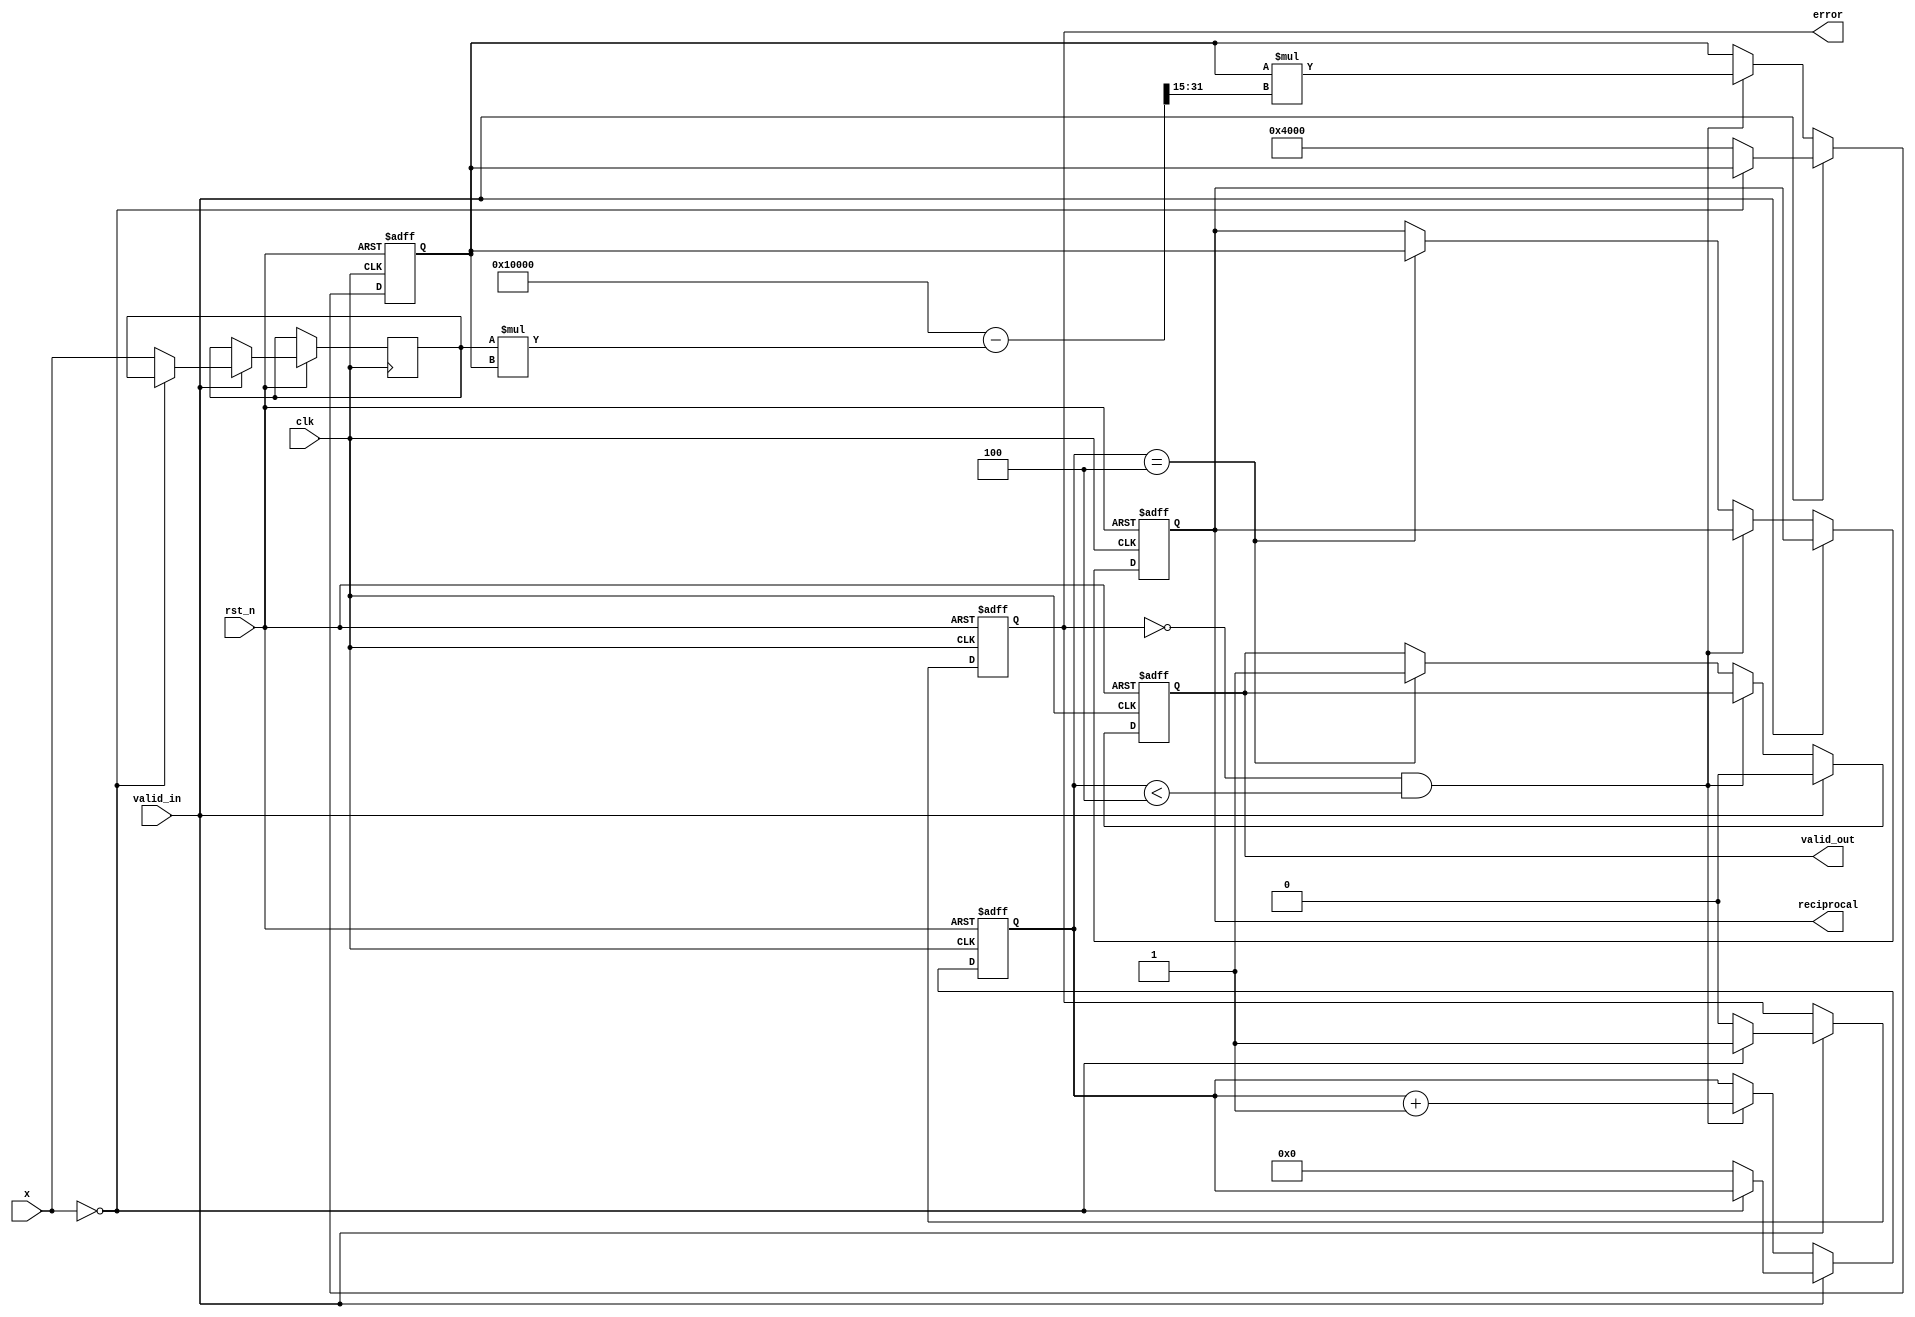
module binary_fractional_reciprocal #(
    parameter N = 16 // Width of the input and output
)(
    input wire clk,          // Clock signal
    input wire rst_n,        // Active low reset
    input wire [N-1:0] x,    // Input binary fractional number (0 to 1)
    input wire valid_in,      // Input valid signal
    output reg [N-1:0] reciprocal, // Output reciprocal
    output reg valid_out,     // Output valid signal
    output reg error          // Error signal for invalid input
);

    // Internal signals
    reg [N-1:0] x_reg;
    reg [N-1:0] approx; // Approximation for the reciprocal
    reg [N-1:0] next_approx;
    reg [3:0] iteration; // Counter for iterations
    parameter MAX_ITER = 4; // Maximum iterations for Newton-Raphson

    // Check if input is valid (non-zero)
    always @(posedge clk or negedge rst_n) begin
        if (!rst_n) begin
            error <= 1'b0;
            valid_out <= 1'b0;
            iteration <= 0;
            reciprocal <= 0;
            approx <= 0;
        end else if (valid_in) begin
            if (x == 0) begin
                error <= 1'b1; // Set error if input is zero
                valid_out <= 1'b0;
            end else begin
                error <= 1'b0; // Clear error
                x_reg <= x;
                approx <= {1'b0, 1'b1, {N-2{1'b0}}}; // Initial approximation (1)
                iteration <= 0;
                valid_out <= 1'b0; // Reset output valid
            end
        end else if (!error && iteration < MAX_ITER) begin
            // Newton-Raphson iteration: approx = approx * (2 - x * approx)
            next_approx = approx * (2**N - (x_reg * approx) >> (N-1));
            approx <= next_approx;
            iteration <= iteration + 1;
        end else if (iteration == MAX_ITER) begin
            reciprocal <= approx; // Final approximation
            valid_out <= 1'b1; // Indicate output is valid
        end
    end

endmodule